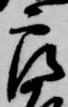
郎